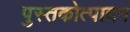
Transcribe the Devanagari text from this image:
पुस्तकोत्पादन